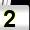
Digit: 2